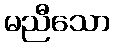
မညီသော